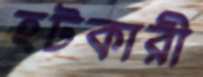
হটকারী